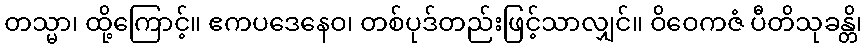
တသ္မာ၊ ထို့ကြောင့်။ ဧကပဒေနေဝ၊ တစ်ပုဒ်တည်းဖြင့်သာလျှင်။ ဝိဝေကဇံ ပီတိသုခန္တိ၊